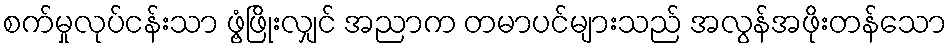
စက်မှုလုပ်ငန်းသာ ဖွံ့ဖြိုးလျှင် အညာက တမာပင်များသည် အလွန်အဖိုးတန်သော